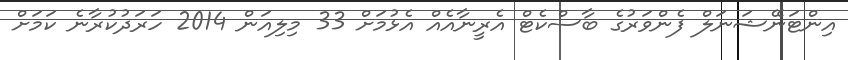
އިންޓަނޭޝަނަލް ފެންވަރުގެ ބާސްކެޓް އެރީނާއެއް އެޅުމަށް 33 މިލިއަން 2014 ހަރަދުކުރާނެ ކަމަށް